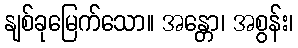
နျစ်ခုမြေက်သော။ အန္တော၊ အစွန်း၊